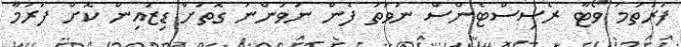
ފުރަތަމަ ވޯޓާ ރެސިސްޓެންސް ނުވަތަ ފެން ނުވަންނަ ގޮތަށް ޑިޒައިން ކޮށް ފަރުމާ